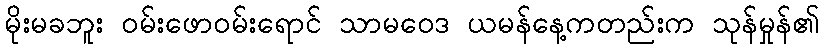
မိုးမခဘူး ဝမ်းဖောဝမ်းရောင် သာမဝေဒ ယမန်နေ့ကတည်းက သုန်မှုန်၏